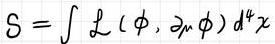
\[
S = \int \mathcal{L}(\phi, \partial_{\mu} \phi) d^{4}x
\]